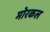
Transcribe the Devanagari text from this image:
मोरकल